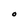
Character: O